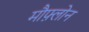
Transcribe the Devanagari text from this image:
मौफ़्लोन